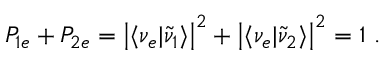
P _ { 1 e } + P _ { 2 e } = \left| \langle \nu _ { e } | \tilde { \nu } _ { 1 } \rangle \right| ^ { 2 } + \left| \langle \nu _ { e } | \tilde { \nu } _ { 2 } \rangle \right| ^ { 2 } = 1 \ .